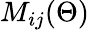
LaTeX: M_{ij}(\Theta)